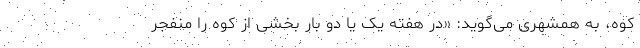
کوه، به همشهری می‌گوید: «در هفته یک یا دو بار بخشی از کوه را منفجر